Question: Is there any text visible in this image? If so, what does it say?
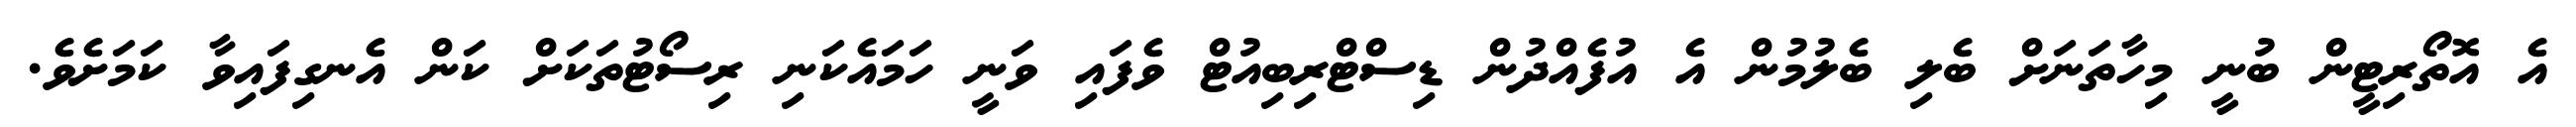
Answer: އެ އޮތޯރިޓީން ބުނީ މިހާތަނަށް ބެލި ބެލުމުން އެ އުފެއްދުން ޑިސްޓްރިބިއުޓް ވެފައި ވަނީ ހަމައެކަނި ރިސޯޓުތަކަށް ކަން އެނގިފައިވާ ކަމަށެވެ.